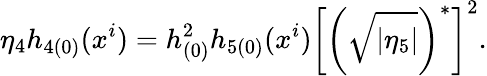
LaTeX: \eta_{4}h_{4(0)}(x^{i})=h_{(0)}^{2}h_{5(0)}(x^{i})\left[\left(\sqrt{|\eta_{5}|}\right)^{\ast}\right]^{2}.